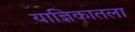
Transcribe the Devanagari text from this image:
याज्ञिकातला